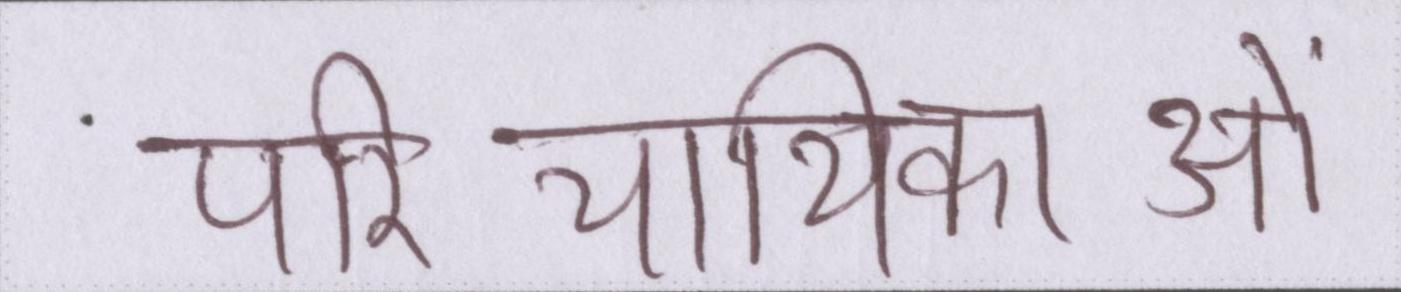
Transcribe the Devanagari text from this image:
परिचायिकाओं